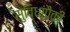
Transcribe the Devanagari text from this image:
सुविधांपैकी